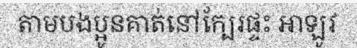
តាមបងប្អូនគាត់នៅក្បែរផ្ទះ អាឡូវ